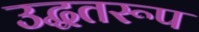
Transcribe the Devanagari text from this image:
उद्धतरूप